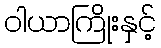
ဝါယာကြိုးနှင့်